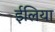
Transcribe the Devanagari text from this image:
ईलिया